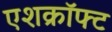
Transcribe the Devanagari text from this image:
एशक्रॉफ्ट